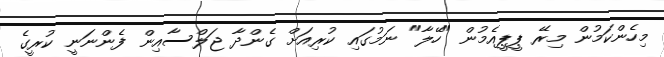
މިހެންކަމުން މިރޭ ޕީޕީއެމުން "ހޭލާ" ނަމުގައި ކުރިއަށް ގެންދާ ޖަލްސާއިން ފެންނަނީ ކުރީގެ